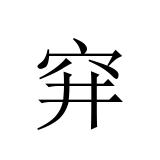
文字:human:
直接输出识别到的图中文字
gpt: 穽